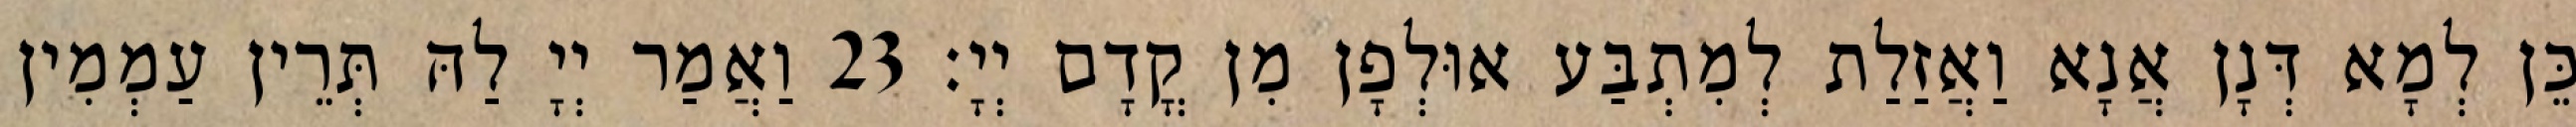
כֵּן לְמָא דְּנָן אֲנָא וַאֲזַלַת לְמִתְבַּע אוּלְפָן מִן קֳדָם יְיָ׃ 23 וַאֲמַר יְיָ לַהּ תְּרֵין עַמְמִין